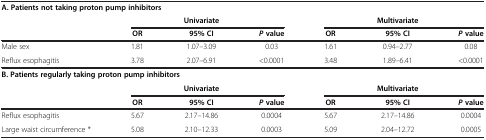
| <COLSPAN=7> A. Patients not taking proton pump inhibitors |
 |  | <COLSPAN=3> Univariate | <COLSPAN=3> Multivariate |
 |  | OR | 95% CI | P value | OR | 95% CI | P value |
 | --- | --- | --- | --- | --- | --- | --- |
 | Male sex | 1.81 | 1.07–3.09 | 0.03 | 1.61 | 0.94–2.77 | 0.08 |
 | Reflux esophagitis | 3.78 | 2.07–6.91 | <0.0001 | 3.48 | 1.89–6.41 | <0.0001 |
 | <COLSPAN=7> B. Patients regularly taking proton pump inhibitors |
 |  | <COLSPAN=3> Univariate | <COLSPAN=3> Multivariate |
 |  | OR | 95% CI | P value | OR | 95% CI | P value |
 | Reflux esophagitis | 5.67 | 2.17–14.86 | 0.0004 | 5.67 | 2.17–14.86 | 0.0004 |
 | Large waist circumference * | 5.08 | 2.10–12.33 | 0.0003 | 5.09 | 2.04–12.72 | 0.0005 |